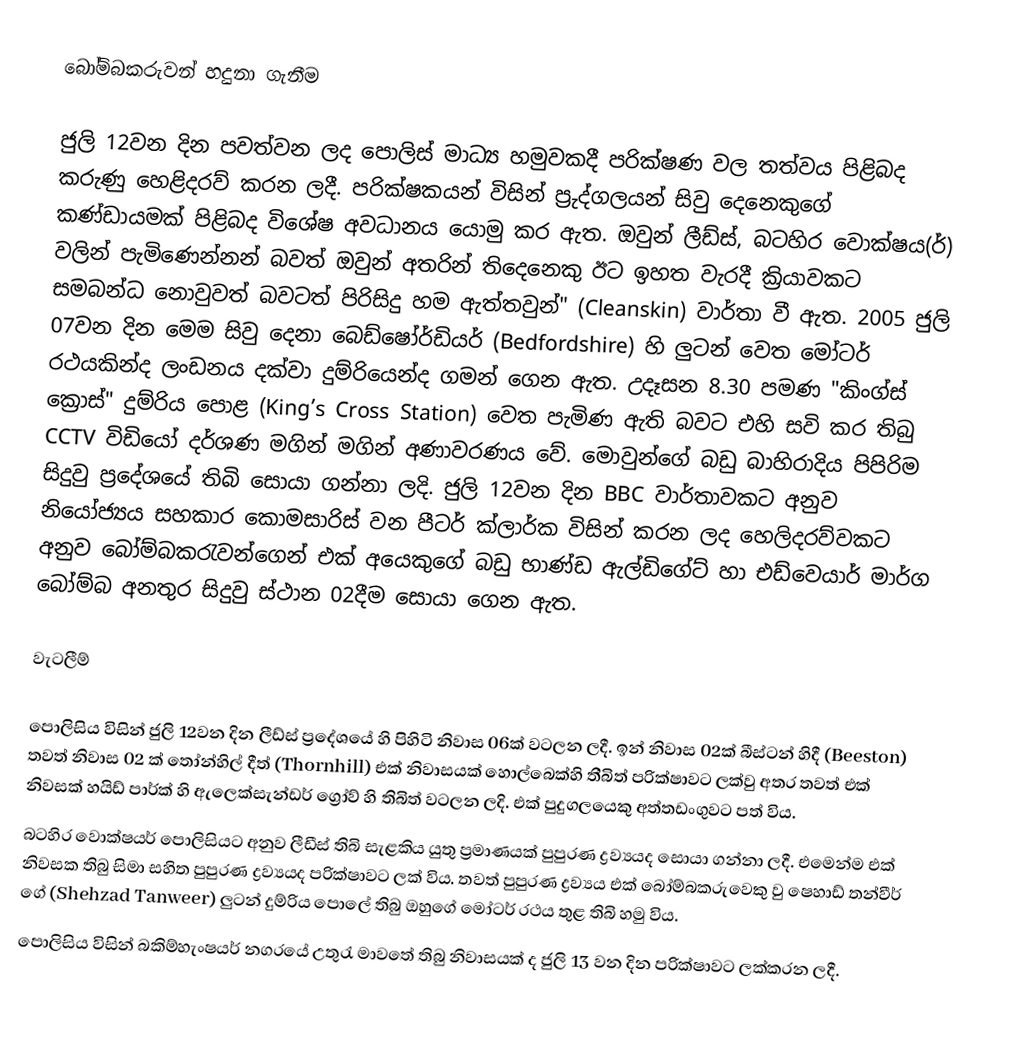
බෝම්බකරුවන් හදුනා ගැනීම

ජුලි 12වන දින පවත්වන ලද පොලිස් මාධ්‍ය හමුවකදී පරික්ෂණ වල තත්වය පිළිබද කරුණු හෙළිදරව්  කරන ලදී. පරික්ෂකයන්  විසින් ප්‍රුද්ගලයන් සිවු දෙනෙකුගේ කණ්ඩායමක් පිළිබද විශේෂ අවධානය යොමු කර ඇත. ඔවුන් ලීඩ්ස්, බටහිර වොක්ෂය(ර්)  වලින් පැමිණෙන්නන් බවත් ඔවුන් අතරින් තිදෙනෙකු ඊට ඉහත වැරදී ක්‍රියාවකට සමබන්ධ නොවුවත් බවටත්  පිරිසිදු හම ඇත්තවුන්" (Cleanskin) වාර්තා වී ඇත. 2005 ජුලි 07වන දින මෙම සිවු දෙනා බෙඩ්ෂෝර්ඩියර් (Bedfordshire) හි ලුටන් වෙත මෝටර් රථයකින්ද ලංඩනය දක්වා දුම්රියෙන්ද ගමන් ගෙන ඇත. උදෑසන 8.30 පමණ "කිංග්ස් ක්‍රොස්" දුම්රිය පොළ (King’s Cross Station) වෙත පැමිණ ඇති බවට එහි සවි කර තිබු CCTV  විඩියෝ දර්ශණ මගින් මගින් අණාවරණය වේ. මොවුන්ගේ බඩු බාහිරාදිය  පිපිරිම සිදුවු ප්‍රදේශයේ තිබි සොයා ගන්නා ලදි.  ජුලි 12වන දින BBC වාර්තාවකට අනුව නියෝජ්‍යය සහකාර කොමසාරිස් වන පීටර් ක්ලාර්ක  විසින් කරන ලද හෙලිදරව්වකට අනුව බෝම්බකරැවන්ගෙන් එක් අයෙකුගේ බඩු භාණ්ඩ ඇල්ඩිගේට් හා එඩ්වෙයාර් මාර්ග බෝම්බ අනතුර සිදුවු ස්ථාන 02දීම සොයා ගෙන ඇත.

වැටලීම්

පොලිසිය විසින් ජුලි 12වන දින ලීඩ්ස්  ප්‍රදේශයේ හි පිහිටි නිවාස 06ක් වටලන ලදී. ඉන් නිවාස 02ක් බීස්ටන් හිදී (Beeston)  තවත් නිවාස 02 ක් තෝන්හිල් දීත් (Thornhill) එක් නිවාසයක් හොල්බෙක්හි තීබිත් පරික්ෂාවට ලක්වු අතර තවත් එක් නිවසක් හයිඩ් පාර්ක් හි ඇලෙක්සැන්ඩර් ග්‍රෝව් හි තිබිත් වටලන ලදි. එක් පුදුගලයෙකු අත්තඩංගුවට පත් විය.
බටහිර වොක්ෂයර් පොලිසියට අනුව ලීඩීස් තිබි සැළකිය යුතු ප්‍රමාණයක් පුපුරණ ද්‍රව්‍යයද සොයා ගන්නා ලදී. එමෙන්ම එක් නිවසක තිබු සිමා සහිත පුපුරණ ද්‍රව්‍යයද පරික්ෂාවට ලක් විය. තවත් පුපුරණ ද්‍රව්‍යය එක් බෝම්බකරුවෙකු වු ෂෙහාඩ් තන්වීර් ගේ   (Shehzad Tanweer) ලුටන් දුම්රිය පොලේ තිබු ඔහුගේ මෝටර් රථය තුළ තිබි හමු විය.
පොලිසිය විසින් බකිම්හැංෂයර් නගරයේ උතුරැ මාවතේ තිබු නිවාසයක් ද  ජුලි 13 වන දින පරික්ෂාවට ලක්කරන ලදී.